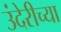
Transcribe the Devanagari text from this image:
उंदेरीच्या